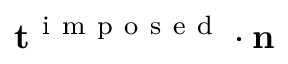
\mathbf { t } ^ { \mathrm { ~ i ~ m ~ p ~ o ~ s ~ e ~ d ~ } } \cdot \mathbf { n }